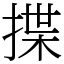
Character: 揲